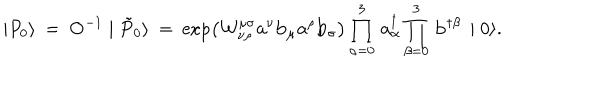
LaTeX: \mid { P } _ { 0 } \rangle \: = \: { \mathbf O ^ { - 1 } } \mid \tilde { P } _ { 0 } \rangle \: = \: \exp \left( { \cal W } _ { \nu \rho } ^ { \mu \sigma } { \mathbf a } ^ { \nu } { \mathbf b } _ { \mu } { \mathbf a } ^ { \rho } { \mathbf b } _ { \sigma } \right) \prod _ { \alpha = 0 } ^ { 3 } \, { \mathbf a } _ { \alpha } ^ { \dagger } \prod _ { \beta = 0 } ^ { 3 } \, { \mathbf b } ^ { \dagger \beta } \, \mid 0 \rangle .